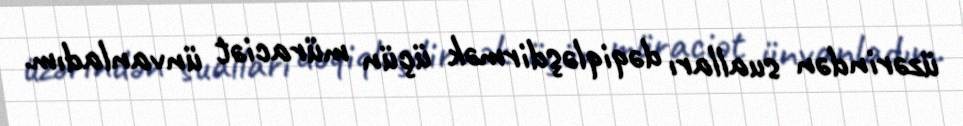
üzərindən sualları dəqiqləşdirmək üçün müraciət ünvanladım.